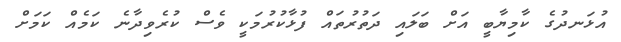
އުޅަނދުގެ ކާމިޔާބީ އަށް ބަލައި ދަތުރުތައް ފުޅާކުރުމަކީ ވެސް ކުރެވިދާނެ ކަމެއް ކަމަށް